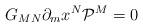
LaTeX: \begin{align*} G_{MN} \partial _m x^N {\cal P}^M = 0 ~~~\end{align*}